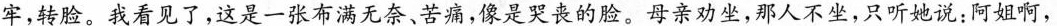
牢，转脸。我看见了，这是一张布满无奈、苦痛，像是哭丧的脸。母亲劝坐，那人不坐，只听她说；阿姐啊，